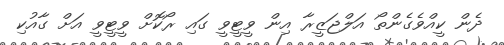
ދެން ކީއްވެގެންތޯ އަލްޖަޒީރާ އިން ވީޓީވީ ގައި ރޯކޮށް ވީޓީވީ އަށް ގާއުކި